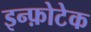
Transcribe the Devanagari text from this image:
इन्फ़ोटेक